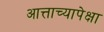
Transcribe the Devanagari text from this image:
आत्ताच्यापेक्षा